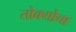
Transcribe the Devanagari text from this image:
तोक्योचा